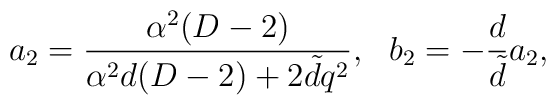
a_{2}=\frac{\alpha^{2}(D-2)}{\alpha^{2}d(D-2)+2\tilde d q^{2}},~~b_{2}=-\frac{d}{\tilde {d}}a_{2},